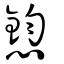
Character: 憌